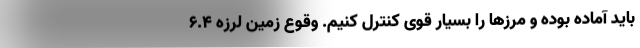
باید آماده بوده و مرزها را بسیار قوی کنترل کنیم. وقوع زمین لرزه 6.4